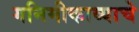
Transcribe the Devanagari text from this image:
गनिमीकाव्याचे